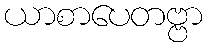
ယာစာပေတဗ္ဗာ